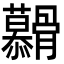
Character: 𮪶